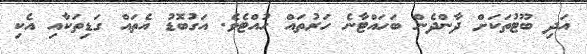
އަދި ބޫޓުތަކަށް ދާންދެން ބަހައްޓާނެ ހަރުތައް ހުއްޓެވެ. އަގުބޮޑު އެތައް ގަޑިތަކާއި އެކި